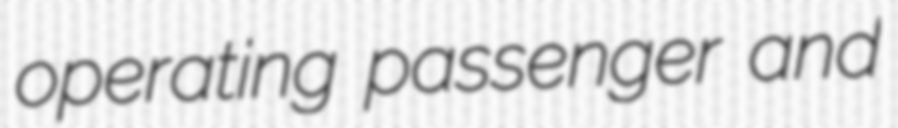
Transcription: operating passenger and